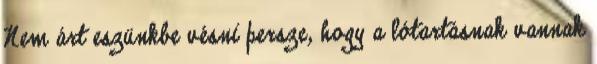
Nem árt eszünkbe vésni persze, hogy a lótartásnak vannak